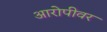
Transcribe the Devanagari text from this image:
आरोपीवर